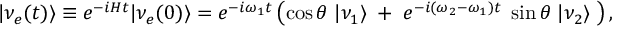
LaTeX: | \nu _ { e } ( t ) \rangle \equiv e ^ { - i H t } | \nu _ { e } ( 0 ) \rangle = e ^ { - i \omega _ { 1 } t } \left( \cos \theta \; | \nu _ { 1 } \rangle \; + \; e ^ { - i ( \omega _ { 2 } - \omega _ { 1 } ) t } \; \sin \theta \; | \nu _ { 2 } \rangle \; \right) ,